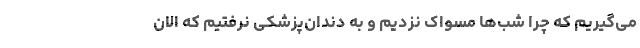
می‌گیریم که چرا شب‌ها مسواک نزدیم و به دندان‌پزشکی نرفتیم که الان